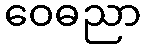
ဝေဓညာ